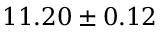
1 1 . 2 0 \pm 0 . 1 2